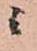
ニ